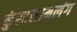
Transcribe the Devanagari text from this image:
कुंस्टसामलंग